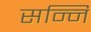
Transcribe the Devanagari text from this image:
सन्नि